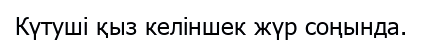
Күтуші қыз келіншек жүр соңында.